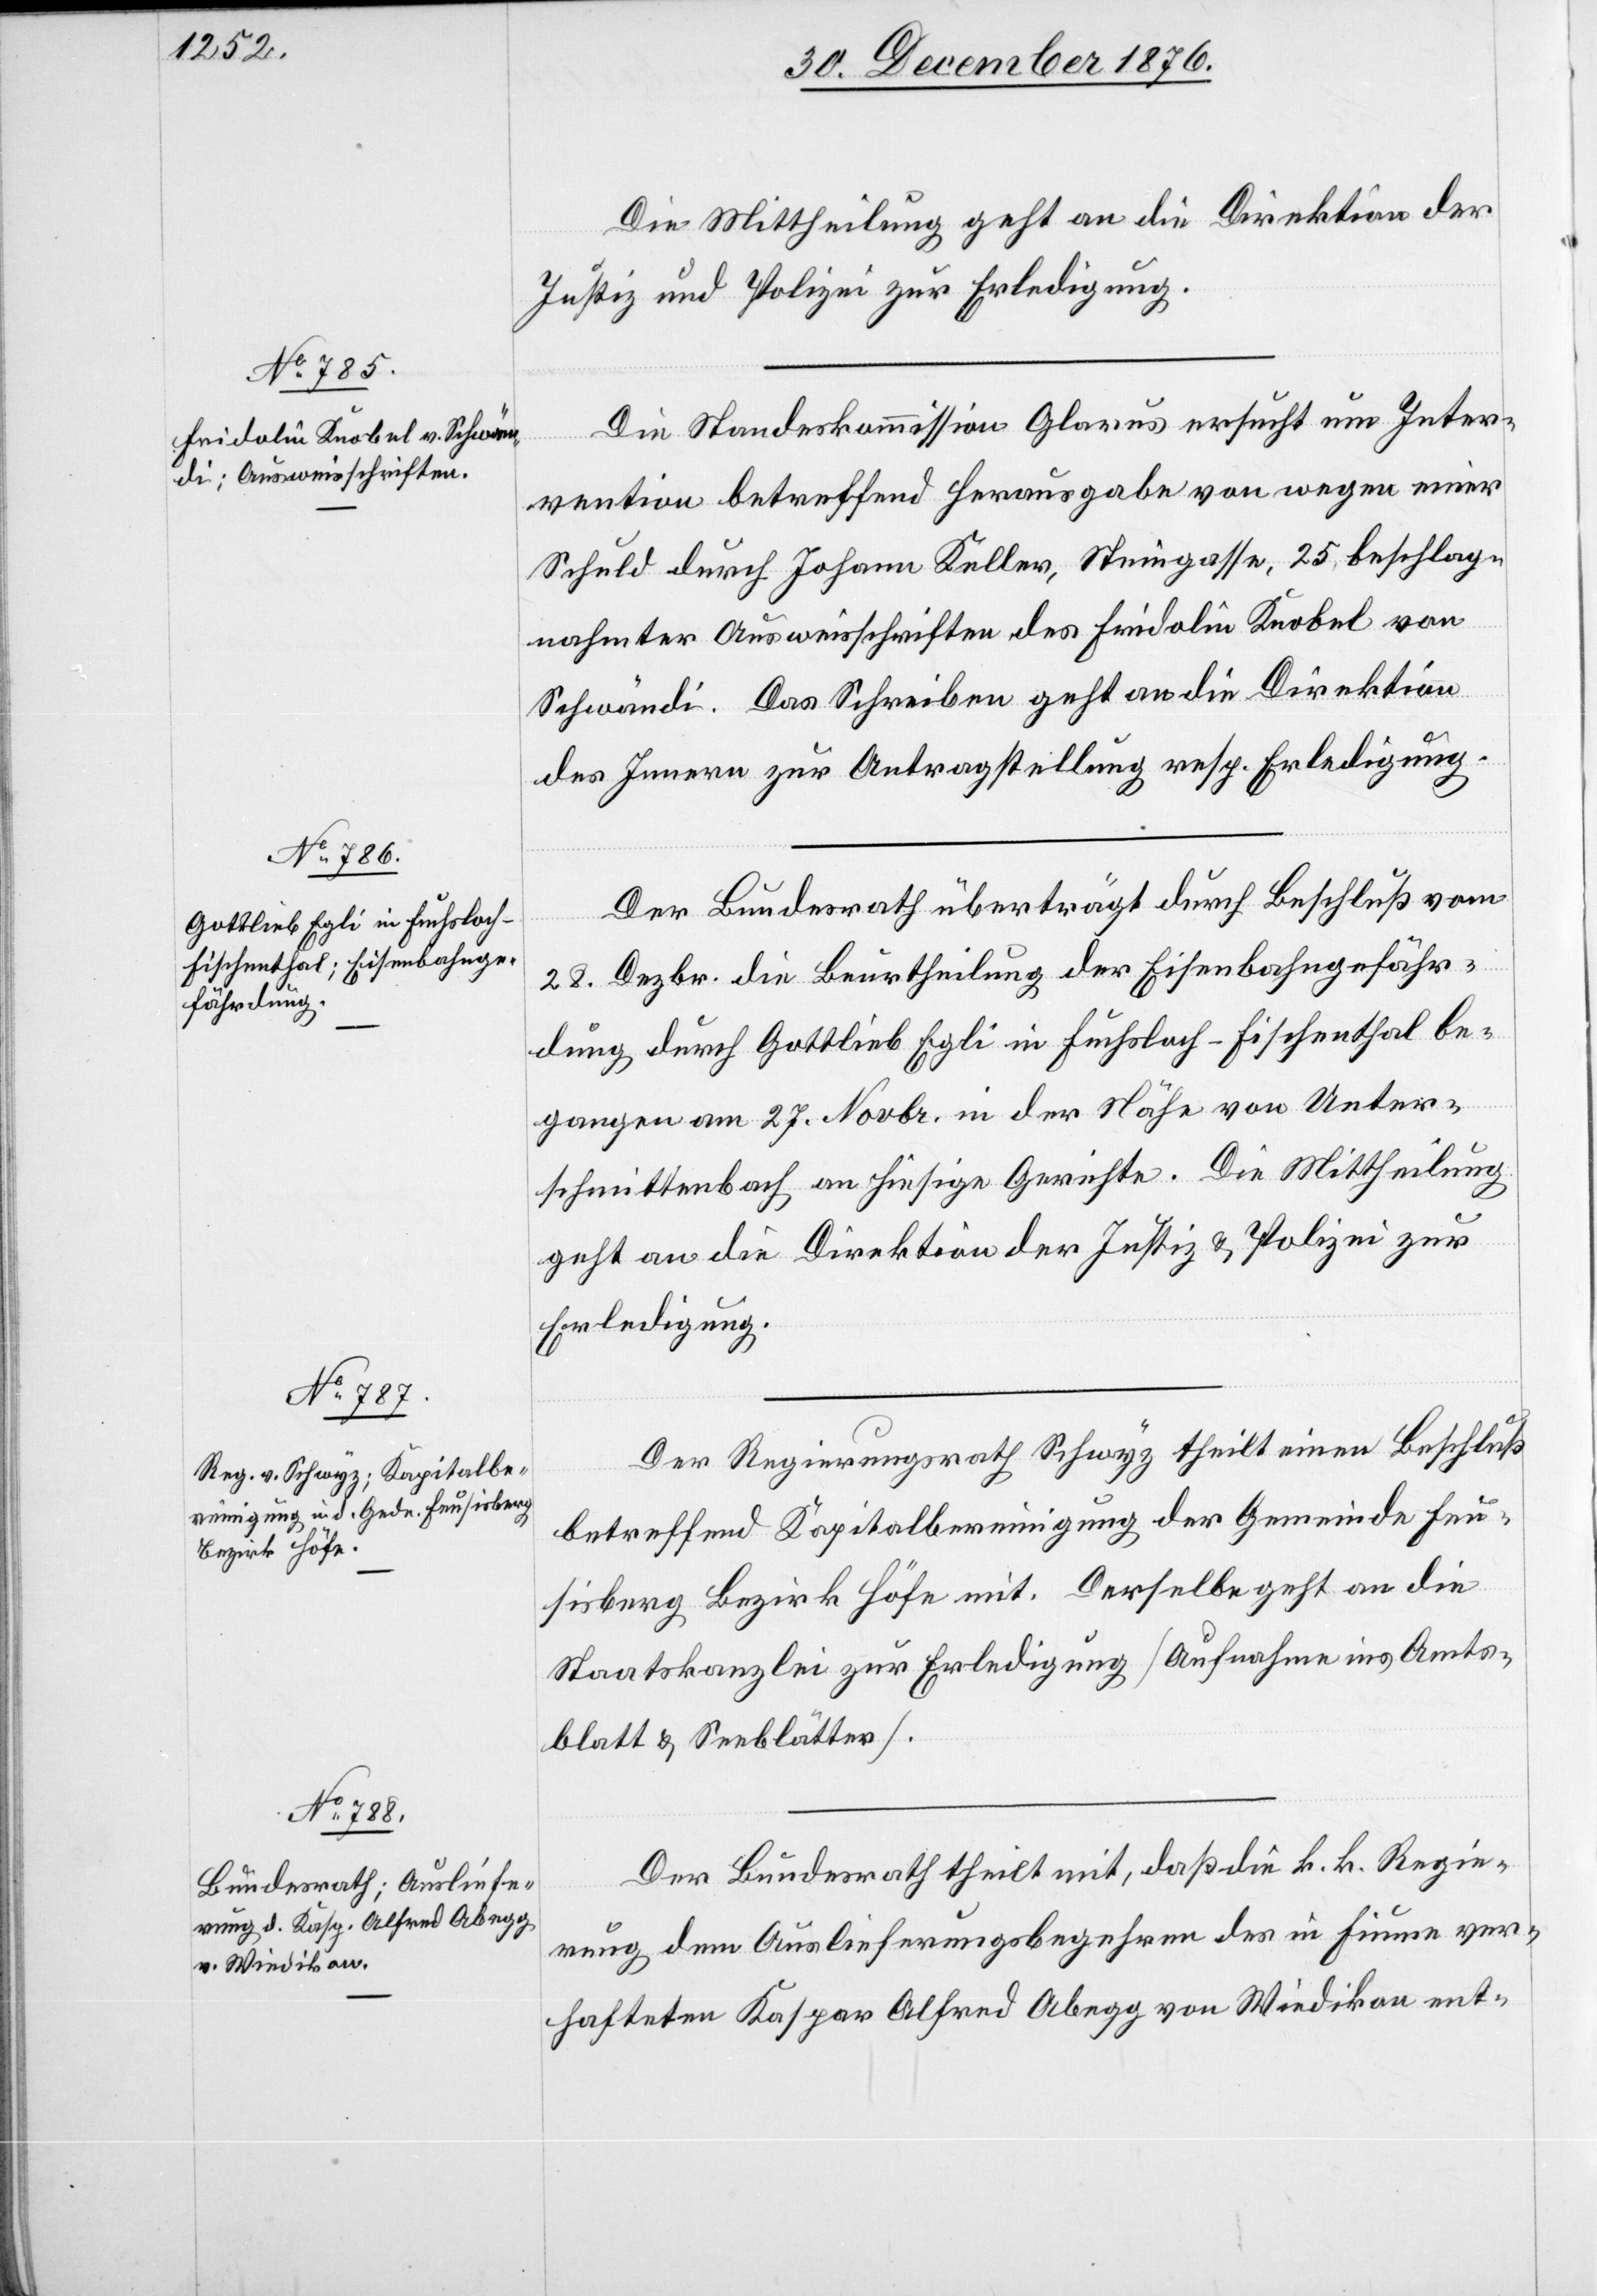
Die Mittheilung geht an die Direktion der
Justiz und Polizei zur Erledigung.
Die Standeskommission Glarus ersucht um Inter¬
vention betreffend Herausgabe von wegen einer
Schuld durch Johann Keller, Steingasse, 25, beschlag¬
nahmter Ausweisschriften des Fridolin Knobel von
Schwändi. Das Schreiben geht an die Direktion
des Innern zur Antragstellung resp. Erledigung.
Der Bundesrath überträgt durch Beschluß vom
28. Dezbr. die Beurtheilung der Eisenbahngefähr¬
dung durch Gottlieb Egli in Fuchsloch - Fischenthal be¬
gangen am 27. Novbr. in der Nähe von Unter¬
schmittenbach an hiesige Gerichte. Die Mittheilung
geht an die Direktion der Justiz & Polizei zur
Erledigung.
Der Regierungsrath Schwyz theilt seinen Beschluß
betreffend Kapitalbereinigung der Gemeinde Feu¬
sisberg Bezirk Höfe mit. Derselbe geht an die
Staatskanzlei zur Erledigung [Aufnahme ins Amts¬
blatt & Seeblätter].
Der Bundesrath theilt mit, daß die k. k. Regie¬
rung dem Auslieferungsbegehren des in Fiume ver¬
hafteten Kaspar Alfred Abegg von Wiedikon ent-